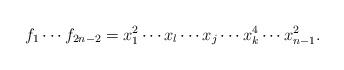
LaTeX: \begin{align*}f_1\cdots f_{2n-2}=x_1^2\cdots x_l \cdots x_j\cdots x_k^4 \cdots x_{n-1}^2.\end{align*}